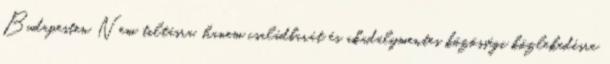
Budapesten Nem tiltásra, hanem családbarát és akadálymentes közösségi közlekedésre